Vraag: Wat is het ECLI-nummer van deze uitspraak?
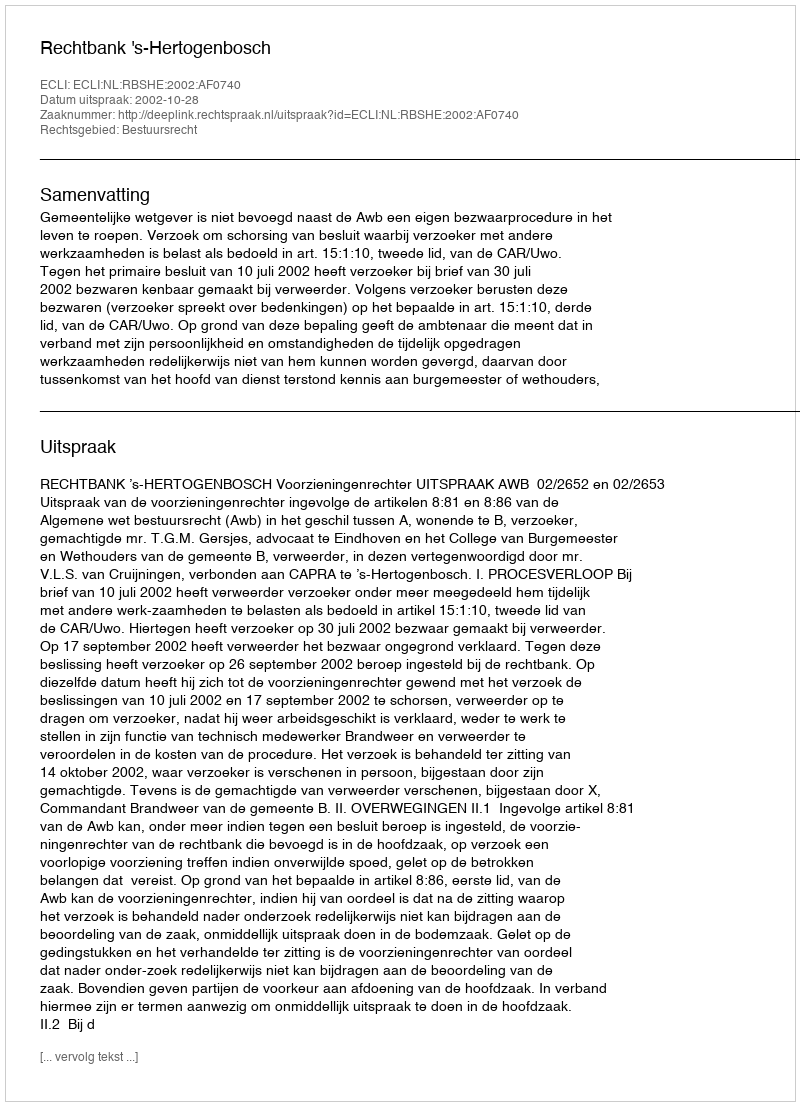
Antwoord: ECLI:NL:RBSHE:2002:AF0740